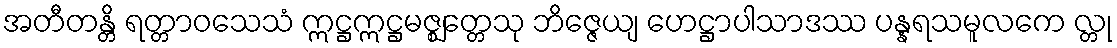
အတီတန္တိ ရတ္တာဝသေသံ ဣဋ္ဌဣဋ္ဌမဇ္ဈတ္တေသု ဘိဇ္ဇေယျ ဟေဋ္ဌာပါသာဒဿ ပန္နရသမူလကေ လ္တု